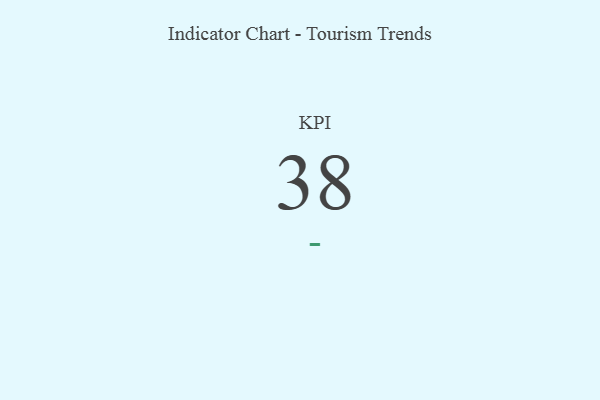
{"axis": {"x": "KPI", "y": "Value"}, "legend": [""], "data": [{"x": "KPI", "y": 38, "type": ""}]}